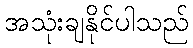
အသုံးချနိုင်ပါသည်